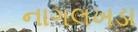
નાગલખડા